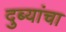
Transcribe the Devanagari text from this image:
दुब्यांचा